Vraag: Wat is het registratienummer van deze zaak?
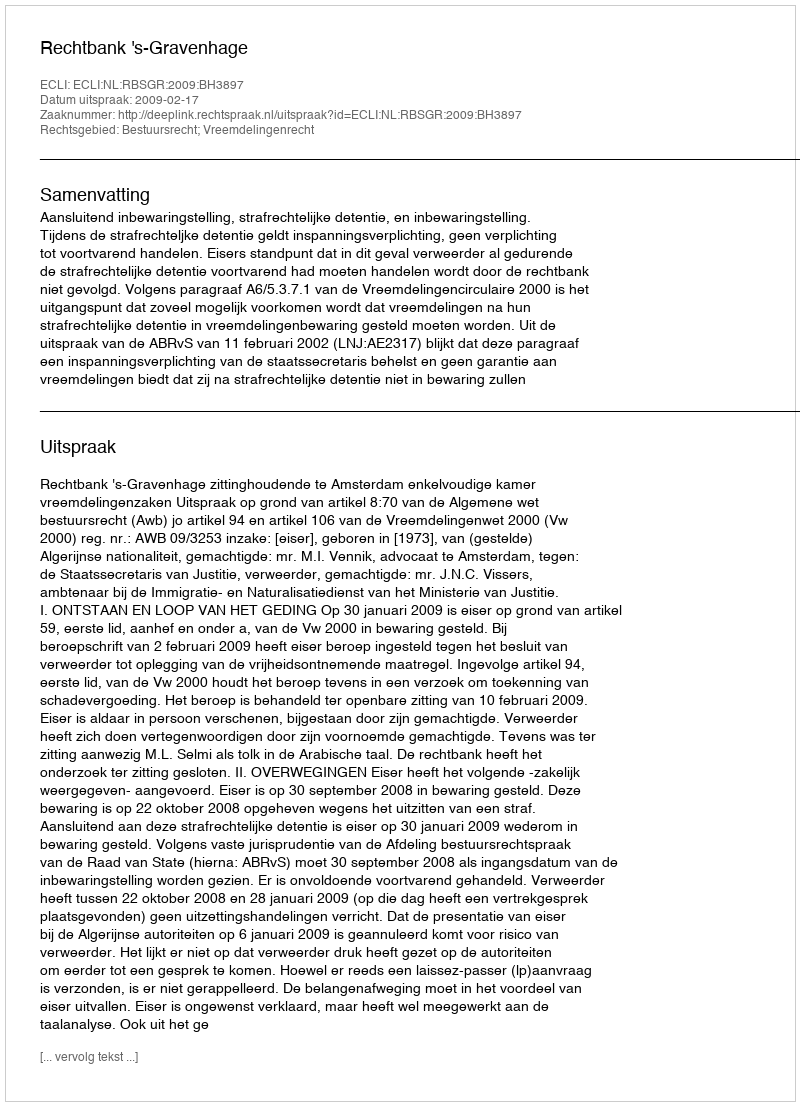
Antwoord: http://deeplink.rechtspraak.nl/uitspraak?id=ECLI:NL:RBSGR:2009:BH3897